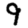
Digit: 9